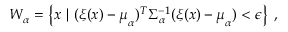
W _ { \alpha } = \left\{ \ensuremath { \boldsymbol { { x } } } \ | \ ( \ensuremath { \boldsymbol { \xi } } ( \ensuremath { \boldsymbol { { x } } } ) - \ensuremath { \boldsymbol { \mu } } _ { \alpha } ) ^ { T } \Sigma _ { \alpha } ^ { - 1 } ( \ensuremath { \boldsymbol { \xi } } ( \ensuremath { \boldsymbol { { x } } } ) - \ensuremath { \boldsymbol { \mu } } _ { \alpha } ) < \epsilon \right\} \ ,